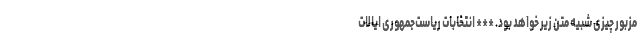
مزبور چیزی شبیه متن زیر خواهد بود. *** انتخابات ریاست‌جمهوری ایالات